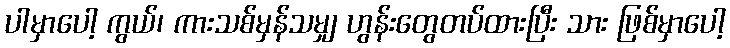
ပါမှာပေါ့ ကွယ်၊ ကားသစ်မှန်သမျှ ဟွန်းတွေတပ်ထားပြီး သား ဖြစ်မှာပေါ့